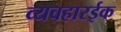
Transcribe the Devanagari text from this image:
व्यवहारईक